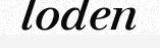
loden